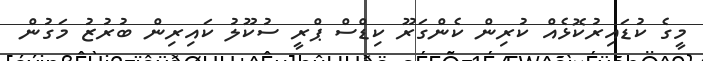
މީގެ ކުޑައިރުކޮޅެއް ކުރިން ކެންގަރޫ ކިޑްސް ޕްރީ ސުކޫލު ކައިރިން ބުރުޒު މަގުން